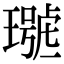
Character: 𤩩